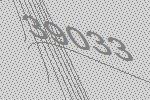
39033